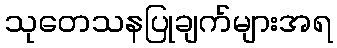
သုတေသနပြုချက်များအရ